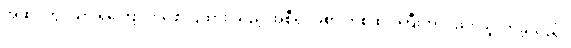
အဆင့်တွင်သာ ရှိကြောင်း ဖော်ပြထား သည့် အစီရင်ခံစာ တစ်ထပ်ကြီးကိုလည်း ယူလာခဲ့သည်။